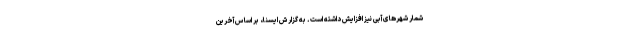
شمار شهرهای آبی نیز افزایش داشته است. به گزارش ایسنا، بر اساس آخرین